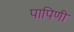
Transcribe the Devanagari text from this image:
पापिणी